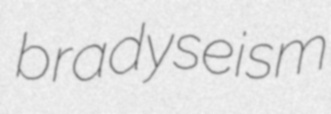
bradyseism